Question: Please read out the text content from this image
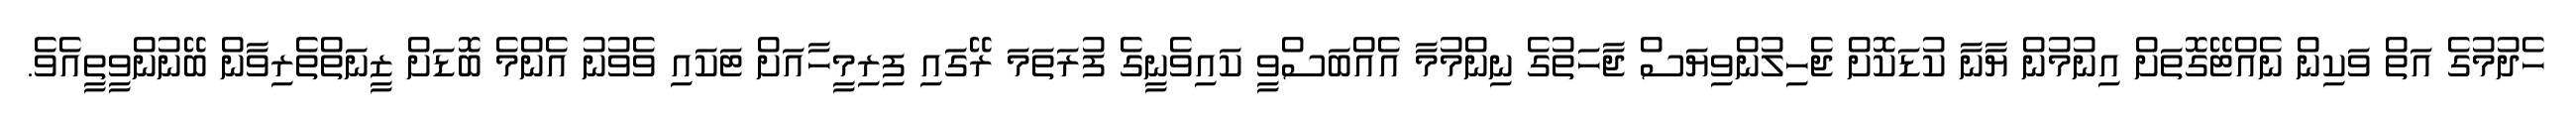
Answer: ހެދުމުގެ އަތް ވަކިން ނެއްޓޭގޮތަށް އިނުމުން ޔާނާ ކުޑަކޮށް ޖެހިލުންވިޔަސް ޖާހަތުގެ ނިންމުމާ އެއްބަސްވީ ކައިވެނީގެ ފުރަތަމަ ރޭގައި ފިރިމީހާއަށް ޓަކައި ވެވުނު އެންމެ ބޮޑަށް ޒީނަތްތެރިވާން ބޭނުންވީތީއެވެ.